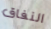
النفاق